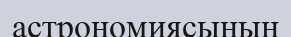
астрономиясының